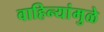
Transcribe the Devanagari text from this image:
वाहिन्यांमुळे